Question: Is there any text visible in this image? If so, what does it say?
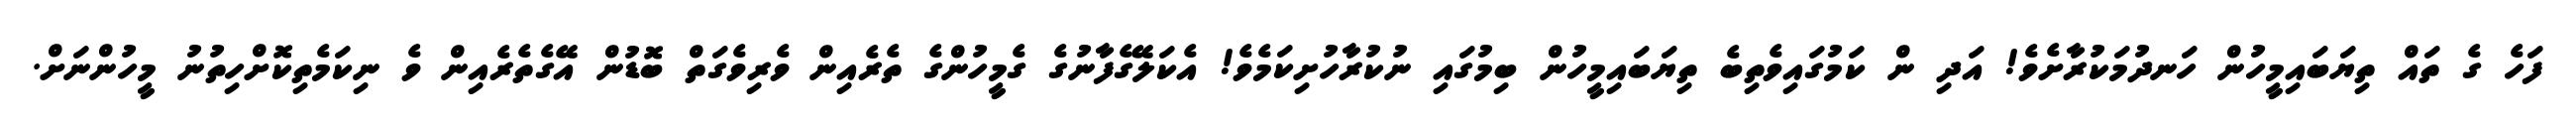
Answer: ފަހެ ގެ ތައް ތިޔަބައިމީހުން ހަނދުމަކުރާށެވެ! އަދި ން ކަމުގައިވެތިބެ ތިޔަބައިމީހުން ބިމުގައި ނުކުރާހުށިކަމެވެ! އެކަލޭގެފާނުގެ ގެމީހުންގެ ތެރެއިން ވެރިވެގަތް ބޮޑުން އޭގެތެރެއިން ވެ ނިކަމެތިކޮށްހިތުނު މީހުންނަށް.